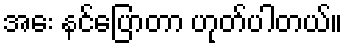
အေး နင်ပြောတာ ဟုတ်ပါတယ်။